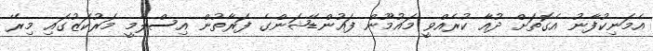
އެމަނިކުފާނު އެގޮތަށް ދުއާ ކުރެއްވީ މައުމޫން ފައުންޑޭޝަންގެ ފަރާތުން އިސްލާމީ މަރުކަޒުގައި މިރޭ